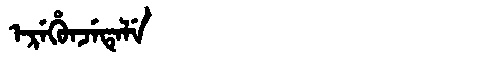
Manchu: ᡝᡵᡝᡥᡠᠨᠵᡝᡨᡝᠯᡝ
Romanization: EREHUNJETELE